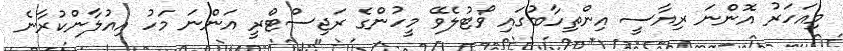
މިއަހަރު އޮންނަ ރިޔާސީ އިންތިހާބުގައި ވޯޓުލެވޭ މީހުންގެ ރަޖިސްޓްރީ އަންނަ މަހު އިއުލާންކުރާނެ